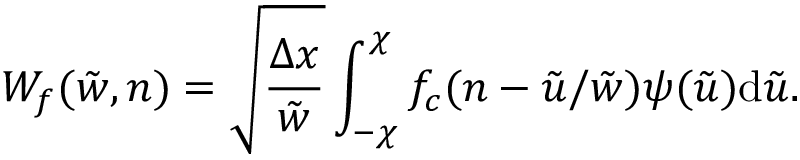
W _ { f } ( \tilde { w } , n ) = \sqrt { \frac { \Delta x } { \tilde { w } } } \int _ { - \chi } ^ { \chi } f _ { c } ( n - \tilde { u } / \tilde { w } ) \psi ( \tilde { u } ) \mathrm { d } \tilde { u } .